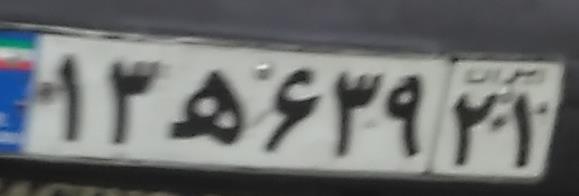
۱۳ه۶۳۹۲۱